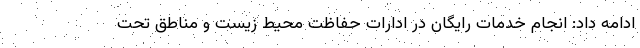
ادامه داد: انجام خدمات رایگان در ادارات حفاظت محیط زیست و مناطق تحت